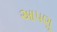
આપણૂ